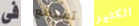
فى تستطع الكثير